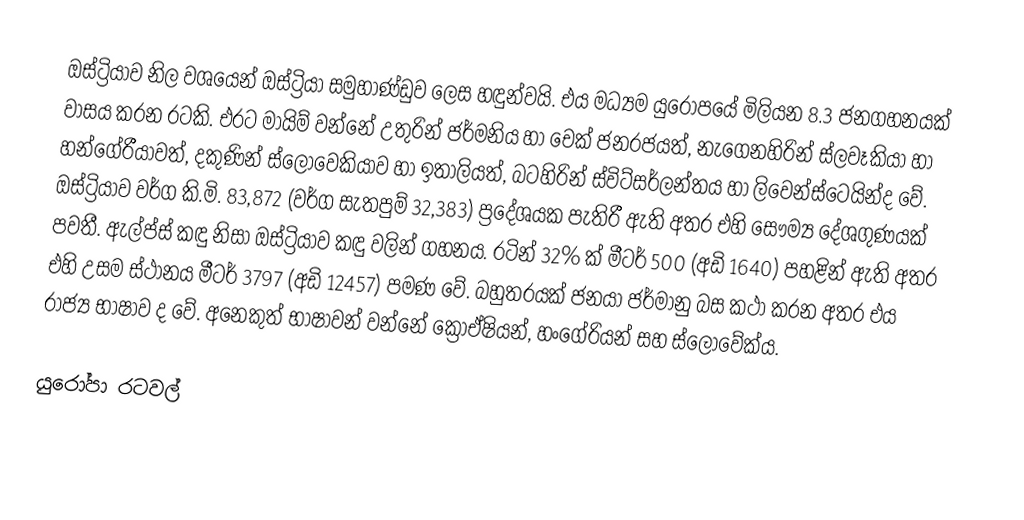
ඔස්ට්‍රියාව නිල වශයෙන් ඔස්ට්‍රියා සමුහාණ්ඩුව ලෙස හඳුන්වයි. එය මධ්‍යම යුරෝපයේ මිලියන 8.3 ජනගහනයක් වාසය කරන රටකි. එරට මායිම් වන්නේ උතුරින් ජර්මනිය හා චෙක් ජනරජයත්, නැගෙනහිරින් ස්ලවෑකියා හා හන්ගේරීයාවත්, දකුණින් ස්ලෝවෙකියාව හා ඉතාලියත්, බටහිරින් ස්විට්සර්ලන්තය හා ලිවෙන්ස්ටෙයින්ද වේ. ඔස්ට්‍රියාව වර්ග කි.මි. 83,872 (වර්ග සැතපුම් 32,383) ප්‍රදේශයක පැතිරී ඇති අතර එහි සෞම්‍ය දේශගුණයක් පවතී. ඇල්ප්ස් කඳු නිසා ඔස්ට්‍රියාව කඳු වලින් ගහනය. රටින් 32% ක් මීටර් 500 (අඩි 1640) පහළින් ඇති අතර එහි උසම ස්ථානය මීටර් 3797 (අඩි 12457) පමණ වේ. බහුතරයක් ජනයා ජර්මානු බස කථා කරන අතර එය රාජ්‍ය භාෂාව ද වේ. අනෙකුත් භාෂාවන් වන්නේ ක්‍රොඒෂියන්, හංගේරියන් සහ ස්ලොවේක්ය.

යුරෝපා රටවල්